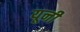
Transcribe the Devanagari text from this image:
यूनी